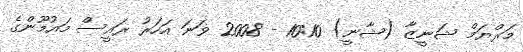
މަރްޔަމް ޝަނީޒާ (ޝާނީ) 10:10 - 2008 ވަނަ އަހަރު ރައީސް މައުމޫންގެ